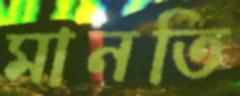
মানতি